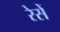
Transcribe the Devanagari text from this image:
रेसें